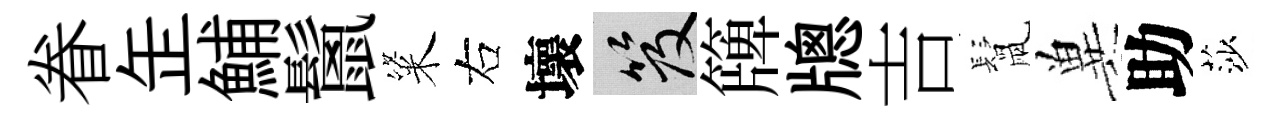
眷𦈢鯆鬛粢右壞笈簰牕吉鬛兾助莎